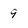
Character: 9